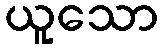
ယူသော